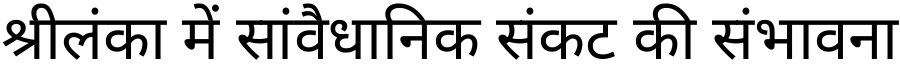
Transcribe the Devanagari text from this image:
श्रीलंका में सांवैधानिक संकट की संभावना